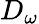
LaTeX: D_{\omega}